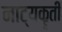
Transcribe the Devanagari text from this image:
नाट्यकॄती